Indian journal of veterinary science and animal husbandry - Volume 9,
Year: 1939
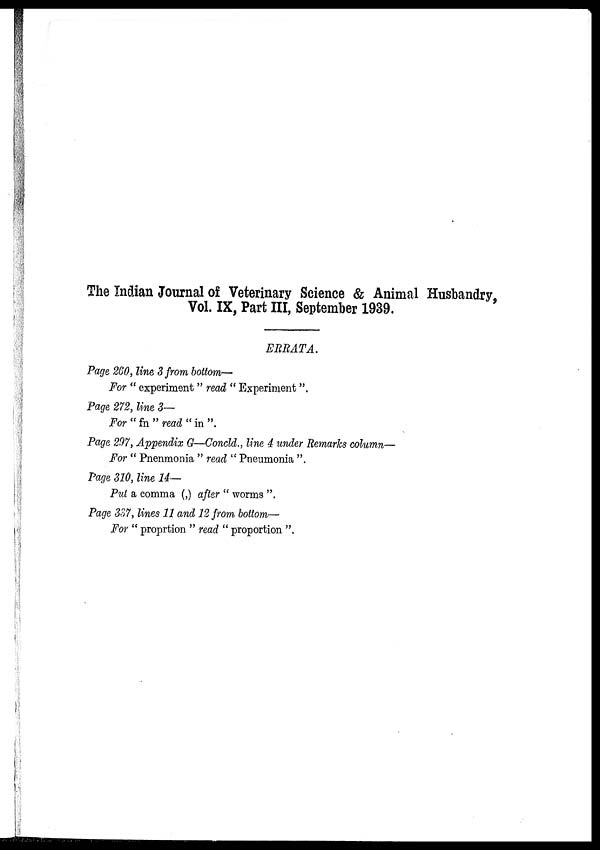
The Indian Journal of Veterinary Science & Animal Husbandry,
Vol. IX, Part III, September 1939.
ERRATA.
Page 260, line 3 from bottom—
For " experiment " read " Experiment".
Page 272, line 3—
For "fn" read "in".
Page 297, Appendix G—Concld., line 4 under Remarks column—
For " Pnenmonia " read " Pneumonia ".
Page 310, line 14—
Put a comma (,) after " worms ".
Page 337, lines 11 and 12 from bottom—
For " proprtion " read " proportion ".